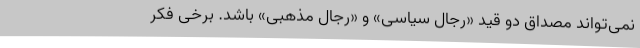
نمی‌تواند مصداق دو قید «رجال سیاسی» و «رجال مذهبی» باشد. برخی فکر